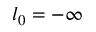
l _ { 0 } = - \infty